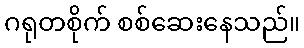
ဂရုတစိုက် စစ်ဆေးနေသည်။